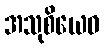
အသုစိယေဝ